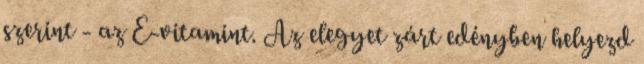
szerint - az E-vitamint. Az elegyet zárt edényben helyezd